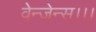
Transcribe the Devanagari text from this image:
वेन्जेन्स।।।